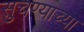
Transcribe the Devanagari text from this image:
सुचण्याच्या